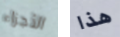
الأجزاء هذا